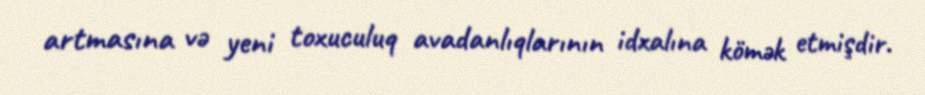
artmasına və yeni toxuculuq avadanlıqlarının idxalına kömək etmişdir.